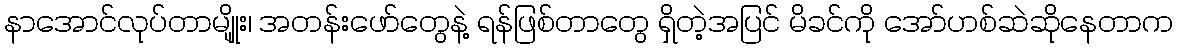
နာအောင်လုပ်တာမျိုုး၊ အတန်းဖော်တွေနဲ့ ရန်ဖြစ်တာတွေ ရှိတဲ့အပြင် မိခင်ကို အော်ဟစ်ဆဲဆိုနေတာက